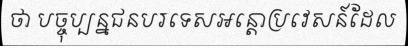
ថា បច្ចុប្បន្នជនបរទេសអន្តោប្រវេសន៍ដែល